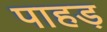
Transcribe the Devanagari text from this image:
पाहड़